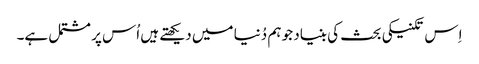
اِس تکنیکی بحث کی بنیاد جو ہم دُنیا میں دیکھتے ہیں اُس پر مشتمل ہے۔